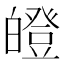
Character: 𤾢